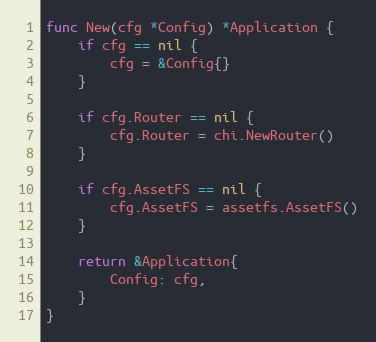
Language: Go
func New(cfg *Config) *Application {
	if cfg == nil {
		cfg = &Config{}
	}

	if cfg.Router == nil {
		cfg.Router = chi.NewRouter()
	}

	if cfg.AssetFS == nil {
		cfg.AssetFS = assetfs.AssetFS()
	}

	return &Application{
		Config: cfg,
	}
}